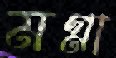
মগ্না